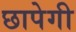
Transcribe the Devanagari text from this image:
छापेगी